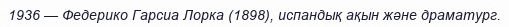
1936 — Федерико Гарсиа Лорка (1898), испандық ақын және драматург.